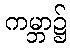
ကမ္ဘာ၌